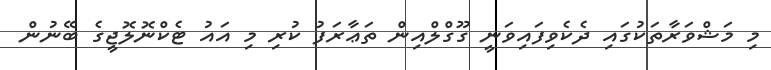
މި މަޝްވަރާތަކުގައި ދެކެވިފައިވަނީ ގޫގްލްއިން ތަޢާރަފު ކުރި މި އައު ޓެކްނޮލޮޖީގެ ބޭނުން